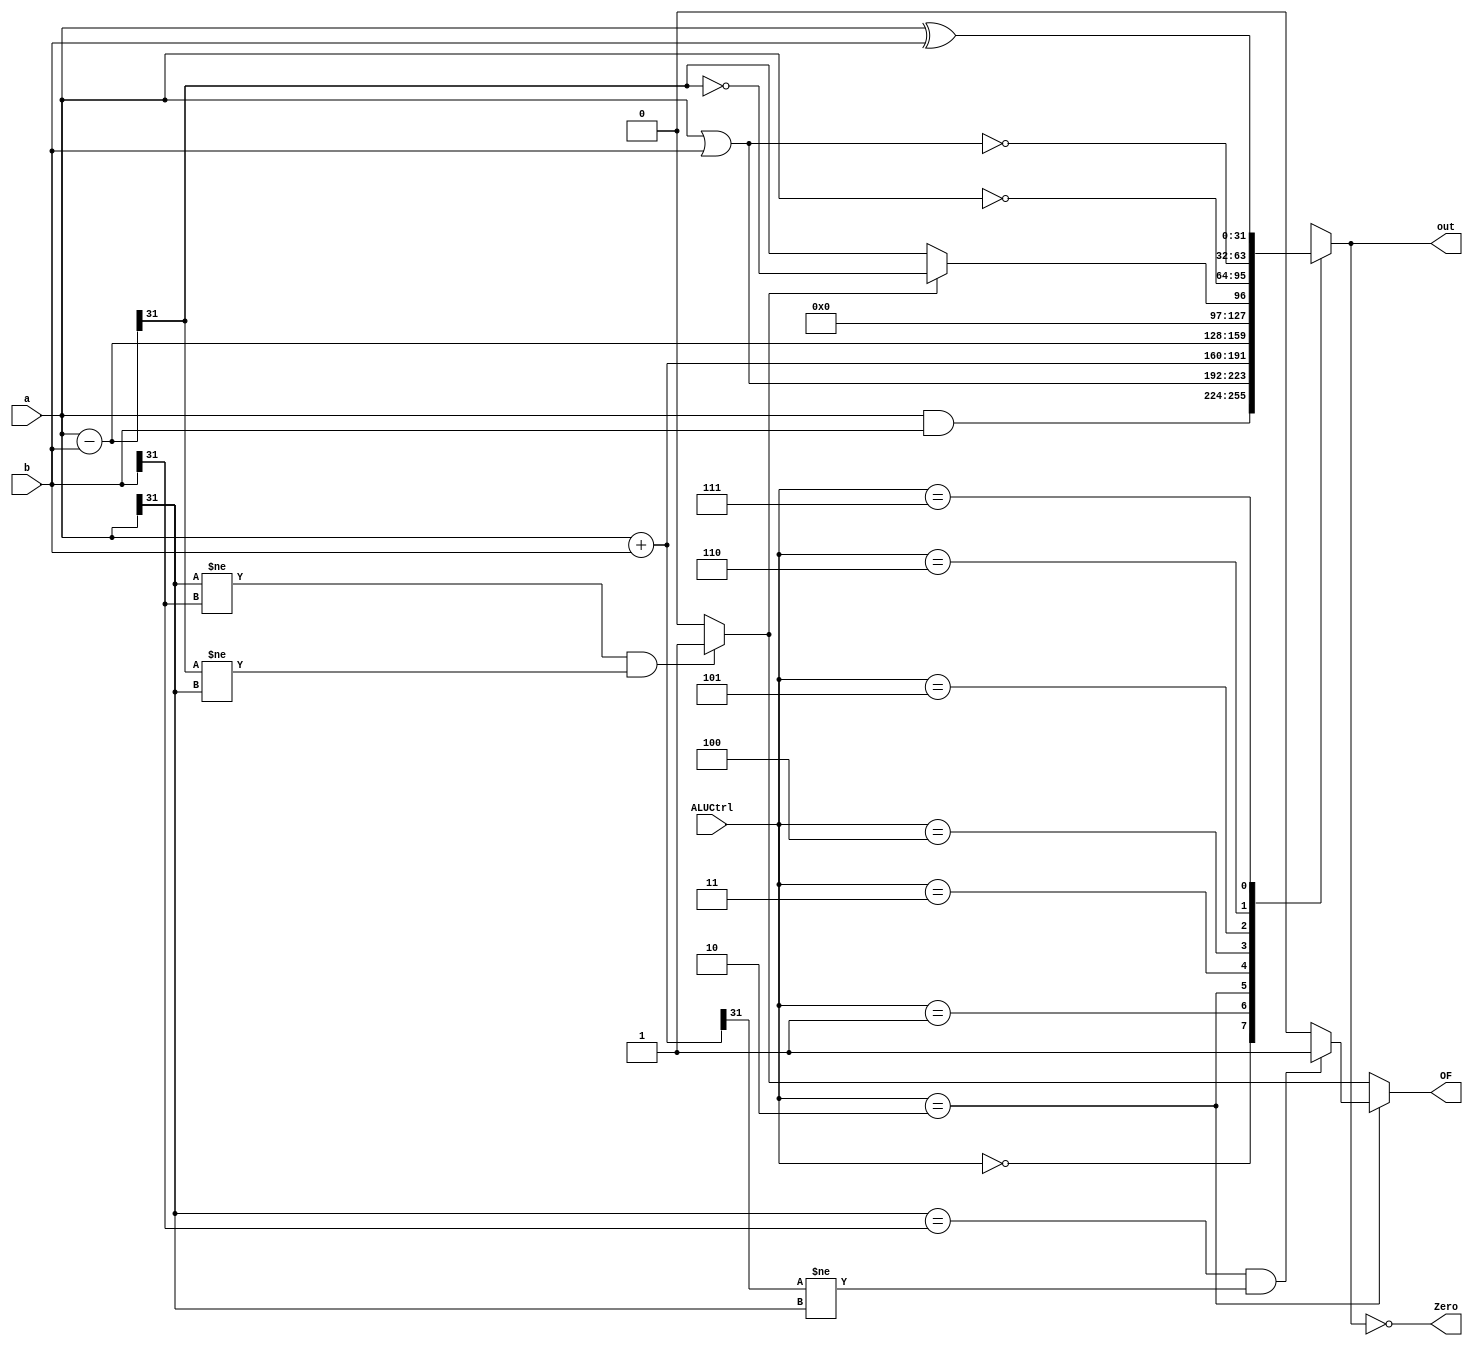
`ifndef _alu
`define _alu

// 000 AND
// 001 OR
// 010 ADD
// 011 SUB
// 100 
// 101 NOT(a)
// 110 NOR
// 111 XOR()

module alu(
		input		[2:0]	ALUCtrl,
		input		[31:0]	a, b,
		output reg	[31:0]	out,
		output				Zero,
        output				OF);

	wire [31:0] sub_ab;
	wire [31:0] add_ab;
	wire 		oflow_add;
	wire 		oflow_sub;
	wire 		slt;

    //
	assign Zero = (0 == out);
	//assign Zero = 1'b1;

    //
	assign sub_ab = a - b;
	assign add_ab = a + b;

	// 
	assign oflow_add = (a[31] == b[31] && add_ab[31] != a[31]) ? 1 : 0;
	assign oflow_sub = (a[31] != b[31] && sub_ab[31] != a[31]) ? 1 : 0;
	assign OF = (ALUCtrl == 3'b010) ? oflow_add : oflow_sub;

	// 
	assign slt = (oflow_sub==0)?sub_ab[31]:~(sub_ab[31]);

    //
    // 000 AND
    // 001 OR
    // 010 ADD
    // 011 SUB
    // 100 
    // 101 NOT(a)
    // 110 NOR
    // 111 XOR()
	always @(*) begin
		case (ALUCtrl)
        	3'b000:  out <= a & b;				/* and */
            3'd001:  out <= a | b;				/* or */
			3'b010:  out <= add_ab;				/* add */
            3'b011:  out <= sub_ab;				/* sub */
            3'b100:  out <= {{31{1'b0}}, slt};	/* slt */
            3'b101:  out <= ~ a;				/* not */
            3'b110:  out <= ~(a | b);     		/* nor */
            3'b111:  out <= a ^ b;				/* xor */
			default: out <= 0;
		endcase
	end

endmodule

`endif